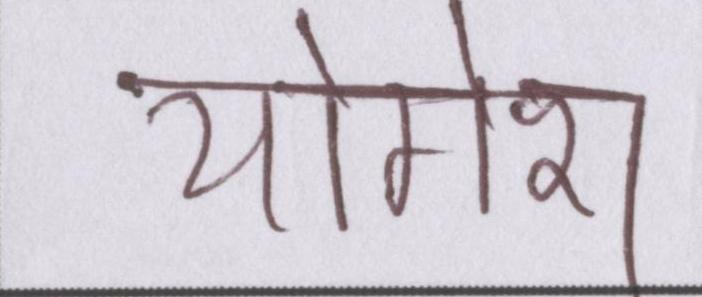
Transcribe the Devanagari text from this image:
योगेश